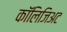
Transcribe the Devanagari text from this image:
कॉलिजिअट